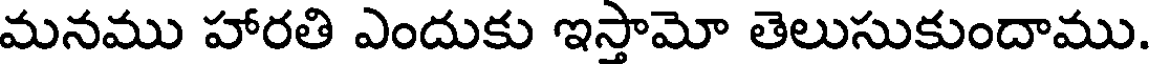
మనము హారతి ఎందుకు ఇస్తామో తెలుసుకుందాము.